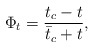
\begin{align*}\Phi_t={{t_c-t}\over {{\bar t}_c+t}},\end{align*}